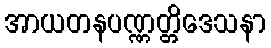
အာယတနပဏ္ဏတ္တိဒေသနာ